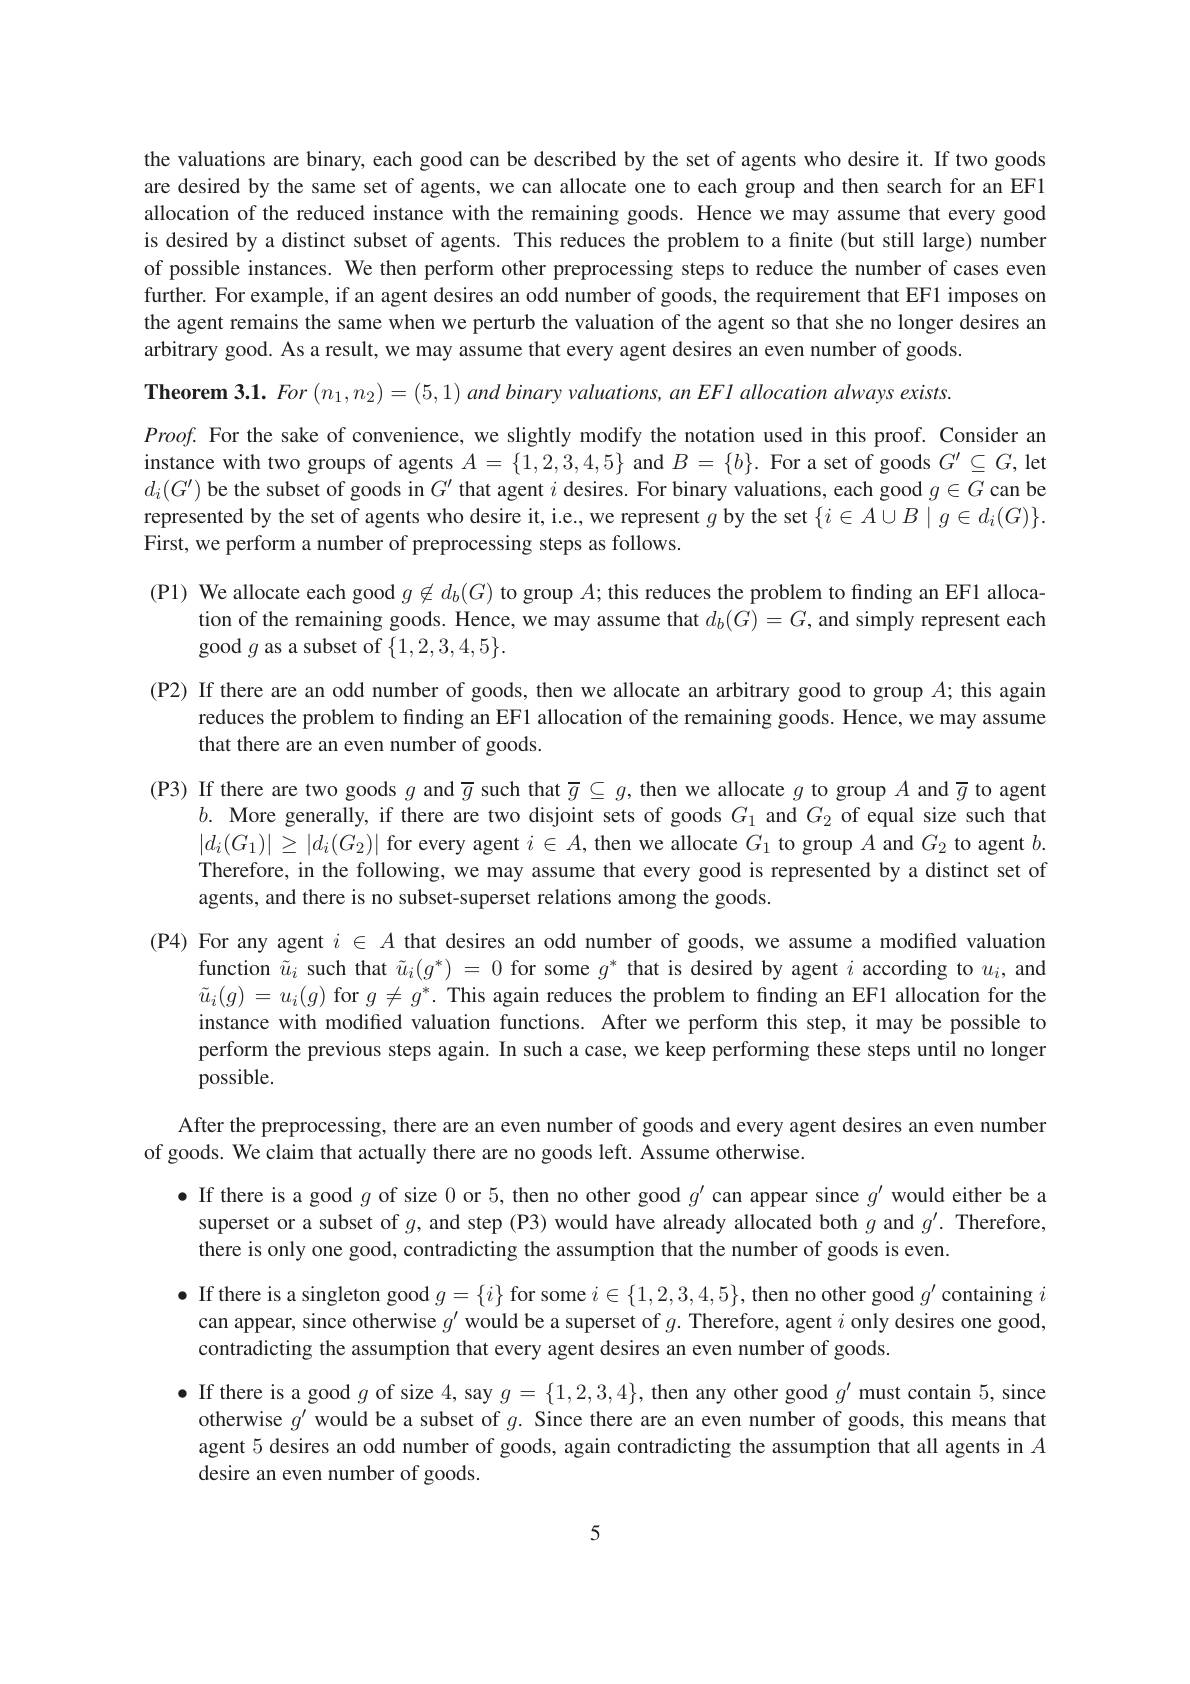
the valuations are binary, each good can be described by the set of agents who desire it. If two goods are desired by the same set of agents, we can allocate one to each group and then search for an EF1 allocation of the reduced instance with the remaining goods. Hence we may assume that every good is desired by a distinct subset of agents. This reduces the problem to a finite (but still large) number of possible instances. We then perform other preprocessing steps to reduce the number of cases even further. For example, if an agent desires an odd number of goods, the requirement that EF1 imposes on the agent remains the same when we perturb the valuation of the agent so that she no longer desires an arbitrary good. As a result, we may assume that every agent desires an even number of goods.

$Proof.$ For the sake of convenience, we slightly modify the notation used in this proof. Consider an instance with two groups of agents $A=\{1,2,3,4,5\}$ and $B=\{b\}.$ For a set of goods $G^\prime\subseteq G$,let $d_i(G^{\prime})$ be the subset of goods in $G^\prime$ that agent $i$ desires. For binary valuations, each good $g\in G$ can be represented by the set of agents who desire it, i.e., we represent $g$ by the set $\{i\in A\cup B\mid g\in d_i(G)\}.$ First, we perform a number of preprocessing steps as follows.

$\textbf{Theorem 3. 1. For }( n_{1}, n_{2}) = ( 5, 1)$ and binary valuations, an EFI allocation always exists.
(P1) We allocate each good $g\not\in d_b(G)$ to group $A;$ this reduces the problem to finding an EF1 alloca-
tion of the remaining goods. Hence, we may assume that $d_b(G)=G$, and simply represent each
good $g$ as a subset of $\{1,2,3,4,5\}.$
(P2) If there are an odd number of goods, then we allocate an arbitrary good to group $A;$ this again
reduces the problem to finding an EF1 allocation of the remaining goods. Hence, we may assume
that there are an even number of goods.
(P3) If there are two goods $g$ and $\overline{g}$ such that $\overline{g}\subseteq g$, then we allocate $g$ to group $A$ and $\overline{g}$ to agent
$b.$ More generally, if there are two disjoint sets of goods $G_1$ and $G_2$ of equal size such that $|d_{i}(G_{1})|\geq|d_{i}(G_{2})|$ for every agent $i\in A$, then we allocate $G_1$ to group $A$ and $G_2$ to agent $b.$ Therefore, in the following, we may assume that every good is represented by a distinct set of agents, and there is no subset-superset relations among the goods.
(P4) For any agent $i\in A$ that desires an odd number of goods, we assume a modified valuation
function $\tilde{u}_i$ such that $\tilde{u}_i(g^*)=0$ for some $g^*$ that is desired by agent $i$ according to $u_i$, and $\tilde{u}_{i}(g)=u_{i}(g)$ for $g\neq g^*.$ This again reduces the problem to finding an EF1 allocation for the instance with modified valuation functions. After we perform this step, it may be possible to perform the previous steps again. In such a case, we keep performing these steps until no longer possible.
After the preprocessing, there are an even number of goods and every agent desires an even number
of goods. We claim that actually there are no goods left. Assume otherwise.
$\bullet$ If there is a good $g$ of size 0 or 5, then no other good $g^\prime$ can appear since $g^\prime$ would either be a superset or a subset of $g$, and step (P3) would have already allocated both $g$ and $g^\prime.$ Therefore, there is only one good, contradicting the assumption that the number of goods is even.
$\bullet$ If there is a singleton good $g=\{i\}$ for some $i\in\{1,2,3,4,5\}$, then no other good $g^\prime$ containing $i$ can appear, since otherwise $g^\prime$ would be a superset of $g.$ Therefore, agent $i$ only desires one good, contradicting the assumption that every agent desires an even number of goods.
$\bullet$ If there is a good $g$ of size 4, say $g=\{1,2,3,4\}$, then any other good $g^\prime$ must contain 5, since otherwise $g^\prime$ would be a subset of $g.$ Since there are an even number of goods, this means that agent 5 desires an odd number of goods, again contradicting the assumption that all agents in $A$ desire an even number of goods.

5